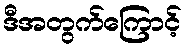
ဒီအတွက်ကြောင့်